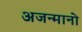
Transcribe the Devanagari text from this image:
अजन्मानो